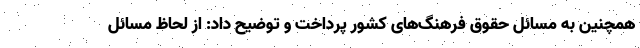
همچنین به مسائل حقوق فرهنگ‌های کشور پرداخت و توضیح داد: از لحاظ مسائل